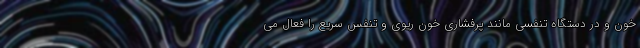
خون و در دستگاه تنفسی مانند پرفشاری خون ریوی و تنفس سریع را فعال می